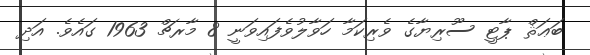
ބަޢަޘް ޕާޓީ ސޫރިޔާގެ ވެރިކަމާ ހަވާލުވެފައިވަނީ 8 މާރޗް 1963 ގައެވެ. އަދި